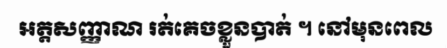
អត្តសញ្ញាណ រត់គេចខ្លួនបាត់ ។ នៅមុនពេល